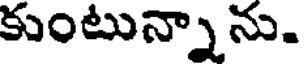
కుంటున్నాను.